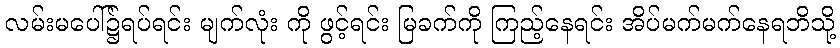
လမ်းမပေါ်၌ရပ်ရင်း မျက်လုံး ကို ဖွင့်ရင်း မြခက်ကို ကြည့်နေရင်း အိပ်မက်မက်နေရဘိသို့